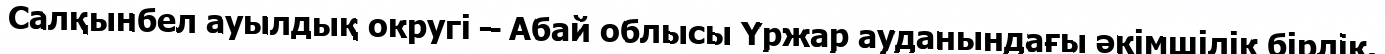
Салқынбел ауылдық округі – Абай облысы Үржар ауданындағы әкімшілік бірлік.